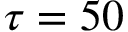
\tau = 5 0